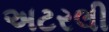
અટરલી